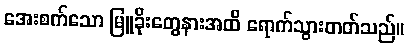
အေးစက်သော မြူခိုးတွေနားအထိ ရောက်သွားတတ်သည်။